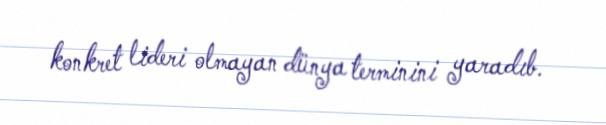
konkret lideri olmayan dünya terminini yaradıb.